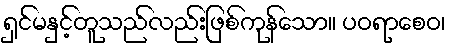
ရှင်မနှင့်တူသည်လည်းဖြစ်ကုန်သော။ ပဝရာစေဝ၊